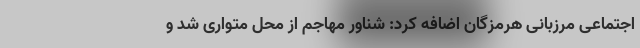
اجتماعی مرزبانی هرمزگان اضافه کرد: شناور مهاجم از محل متواری شد و